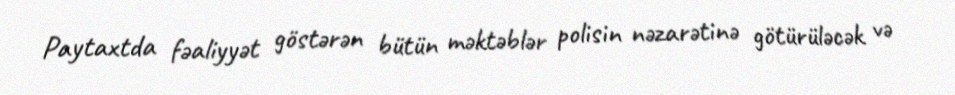
Paytaxtda fəaliyyət göstərən bütün məktəblər polisin nəzarətinə götürüləcək və